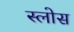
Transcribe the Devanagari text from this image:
स्लोस